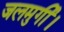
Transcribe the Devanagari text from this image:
जलमुर्गी।